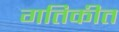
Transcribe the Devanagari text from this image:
गतिकीत